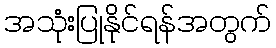
အသုံးပြုနိုင်ရန်အတွက်